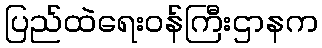
ပြည်ထဲရေးဝန်ကြီးဌာနက